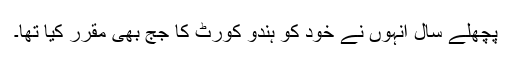
پچھلے سال انہوں نے خود کو ہندو کورٹ کا جج بھی مقرر کیا تھا۔